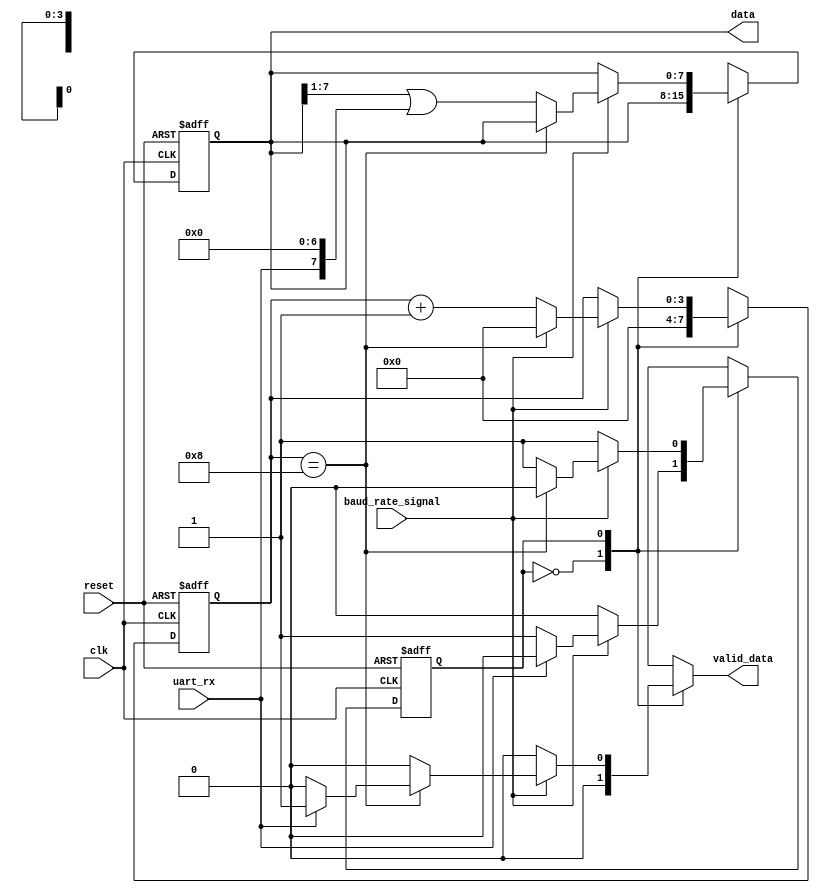
`timescale 1ns / 1ps
//////////////////////////////////////////////////////////////////////////////////
// Company: 
// Engineer: 
// 
// Design Name: 
// Module Name: uart_receiver
// Project Name: 
// Target Devices: 
// Tool Versions: 
// Description: 
// 
// Dependencies: 
// 
// Revision:
// Revision 0.01 - File Created
// Additional Comments:
// 
//////////////////////////////////////////////////////////////////////////////////
`define idle 1'b0
`define receive 1'b1

module uart_receiver(   //serial2parallel
    input clk,
    input reset,
    input uart_rx,
    input baud_rate_signal,
    output reg [7:0] data,
    output reg valid_data
    );
    
    reg state;
    reg next_state;
    reg [3:0] counter;
    reg [3:0] next_counter;
    reg [7:0] next_data;
    
    always@* begin
        case(state)
        `idle:
        begin
            if (baud_rate_signal == 1) begin
                if (uart_rx == 0) begin
                    next_state =  `receive;
                    valid_data = 0;
                    next_counter = 0;
                    next_data = data ;
                end 
                else begin
                    next_state = `idle;
                    valid_data = 0;
                    next_counter = 0;
                    next_data = data ;
                end
            end 
            else begin
                next_state = `idle;
                valid_data = 0;
                next_counter = 0;
                next_data = data ;
            end
        end 
        `receive:
        begin
            if (baud_rate_signal == 1) begin
                if (counter == 8) begin
                    if ( uart_rx == 1) begin
                        valid_data = 1;
                        next_counter = 0;
                        next_state = `idle;
                        next_data = data;
                    end
                    else begin
                        valid_data = 0;
                        next_counter = 0;
                        next_state = `idle;
                        next_data = data;
                    end
                end
                else begin
                    //next_data[counter] = uart_rx;
                    next_data = (data >> 1) | {uart_rx, 7'd0};
                    next_counter = counter + 1;
                    next_state = state;
                    valid_data = 0;
                end
            end
            else begin
                valid_data = 0;
                next_state = `receive;
                next_counter = counter;
                next_data = data;
            end
        end
        default:
        begin
            valid_data = 0;
            next_counter = 0;
            next_data = 0;
            next_state = `idle;
        end
        endcase 
    end
    
    always@(posedge clk or posedge reset)
        if(reset)
            state <= `idle;
        else
            state <= next_state;
            
    always@(posedge clk or posedge reset)
        if(reset)
            counter <= 0;
        else
            counter <= next_counter;
        
    always@(posedge clk or posedge reset)
        if(reset)
            data <= 0;
        else
            data <= next_data;
        
endmodule